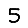
Digit: 5